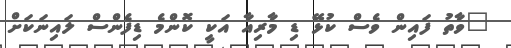
"ވާތު ފައިން ވެސް ކުޅޭ ޑި މާރިއާ އަކީ ކޮންމެ ޑިފެންސް ލައިނަކަށް